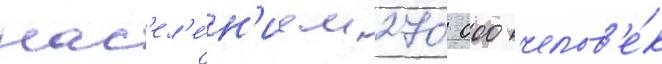
нас'ел'е́н'ием 270 000 челов'е́к